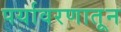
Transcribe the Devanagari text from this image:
पर्यावरणातून